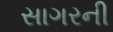
સાગરની